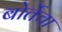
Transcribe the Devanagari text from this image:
बोर्तेचा